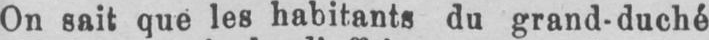
On sait que les habitants du grand-duché